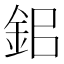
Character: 鈻